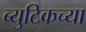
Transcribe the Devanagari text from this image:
ब्युटिकच्या